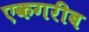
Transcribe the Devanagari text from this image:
एकगरीब